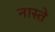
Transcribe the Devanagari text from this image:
नास्‍ते